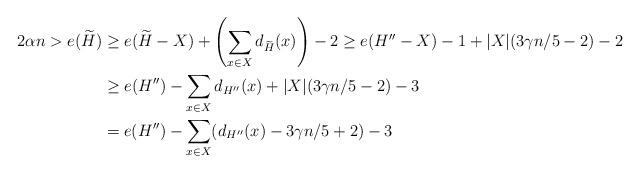
LaTeX: \begin{align*}2\alpha n > e(\widetilde{H}) & \ge e(\widetilde{H}-X)+ \left( \sum_{x \in X} d_{\widetilde{H}}(x) \right) -2\ge e(H''-X)-1 +|X|(3 \gamma n/ 5 -2)-2 \\& \ge e(H'')-\sum_{x \in X} d_{H''}(x)+|X|(3 \gamma n/ 5 -2)-3 \\& =e(H'')-\sum_{x \in X} (d_{H''}(x)-3 \gamma n/ 5 +2)-3\end{align*}